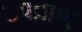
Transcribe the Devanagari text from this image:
उपप्राण